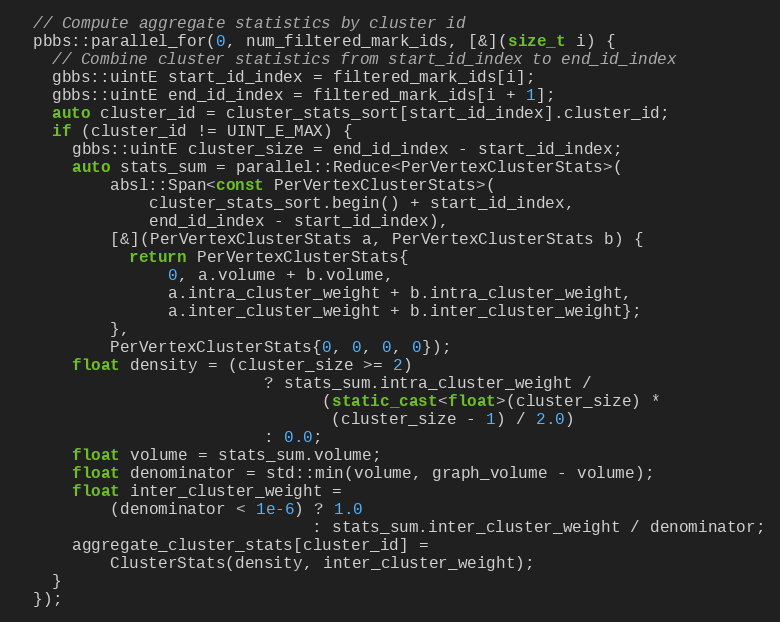
Language: C++
  // Compute aggregate statistics by cluster id
  pbbs::parallel_for(0, num_filtered_mark_ids, [&](size_t i) {
    // Combine cluster statistics from start_id_index to end_id_index
    gbbs::uintE start_id_index = filtered_mark_ids[i];
    gbbs::uintE end_id_index = filtered_mark_ids[i + 1];
    auto cluster_id = cluster_stats_sort[start_id_index].cluster_id;
    if (cluster_id != UINT_E_MAX) {
      gbbs::uintE cluster_size = end_id_index - start_id_index;
      auto stats_sum = parallel::Reduce<PerVertexClusterStats>(
          absl::Span<const PerVertexClusterStats>(
              cluster_stats_sort.begin() + start_id_index,
              end_id_index - start_id_index),
          [&](PerVertexClusterStats a, PerVertexClusterStats b) {
            return PerVertexClusterStats{
                0, a.volume + b.volume,
                a.intra_cluster_weight + b.intra_cluster_weight,
                a.inter_cluster_weight + b.inter_cluster_weight};
          },
          PerVertexClusterStats{0, 0, 0, 0});
      float density = (cluster_size >= 2)
                          ? stats_sum.intra_cluster_weight /
                                (static_cast<float>(cluster_size) *
                                 (cluster_size - 1) / 2.0)
                          : 0.0;
      float volume = stats_sum.volume;
      float denominator = std::min(volume, graph_volume - volume);
      float inter_cluster_weight =
          (denominator < 1e-6) ? 1.0
                               : stats_sum.inter_cluster_weight / denominator;
      aggregate_cluster_stats[cluster_id] =
          ClusterStats(density, inter_cluster_weight);
    }
  });